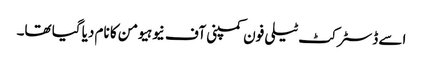
اسے ڈسٹرکٹ ٹیلی فون کمپنی آف نیوہیومن کا نام دیا گیا تھا۔